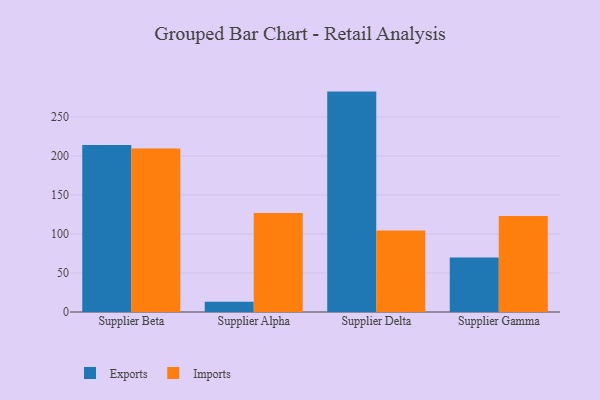
{"axis": {"x": "Supplier", "y": "Customer Acquisition Cost (USD)"}, "legend": ["Exports", "Imports"], "data": [{"x": "Supplier Beta", "y": 213.9, "type": "Exports"}, {"x": "Supplier Beta", "y": 209.6, "type": "Imports"}, {"x": "Supplier Alpha", "y": 13.1, "type": "Exports"}, {"x": "Supplier Alpha", "y": 126.9, "type": "Imports"}, {"x": "Supplier Delta", "y": 282.5, "type": "Exports"}, {"x": "Supplier Delta", "y": 104.6, "type": "Imports"}, {"x": "Supplier Gamma", "y": 70.0, "type": "Exports"}, {"x": "Supplier Gamma", "y": 122.9, "type": "Imports"}]}